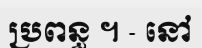
ប្រពន្ធ ។ - នៅ